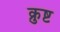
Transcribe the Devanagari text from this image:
क्रुष्ट